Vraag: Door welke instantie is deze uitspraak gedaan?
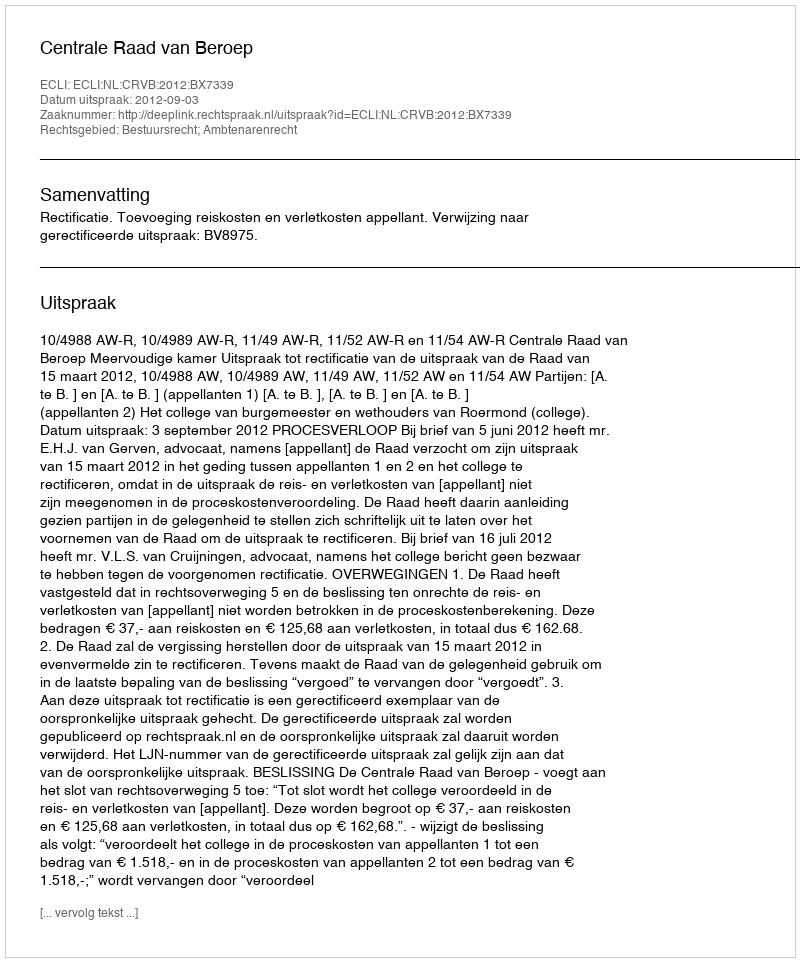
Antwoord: Centrale Raad van Beroep